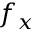
f _ { x }